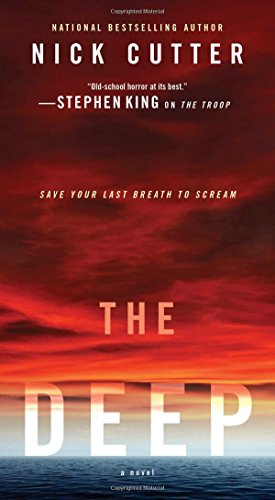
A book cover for The Deep; Nick Cutter; Science Fiction & Fantasy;